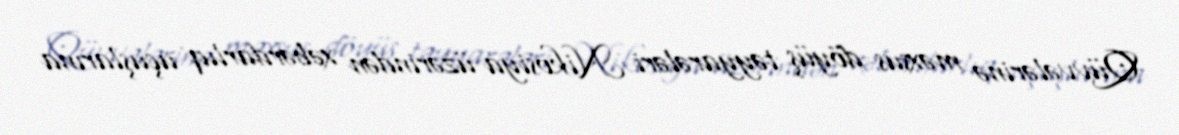
Qüvvələrinə məxsus döyüş təyyarələri Nikosiya üzərindən xəbərdarlıq uçuşlarına